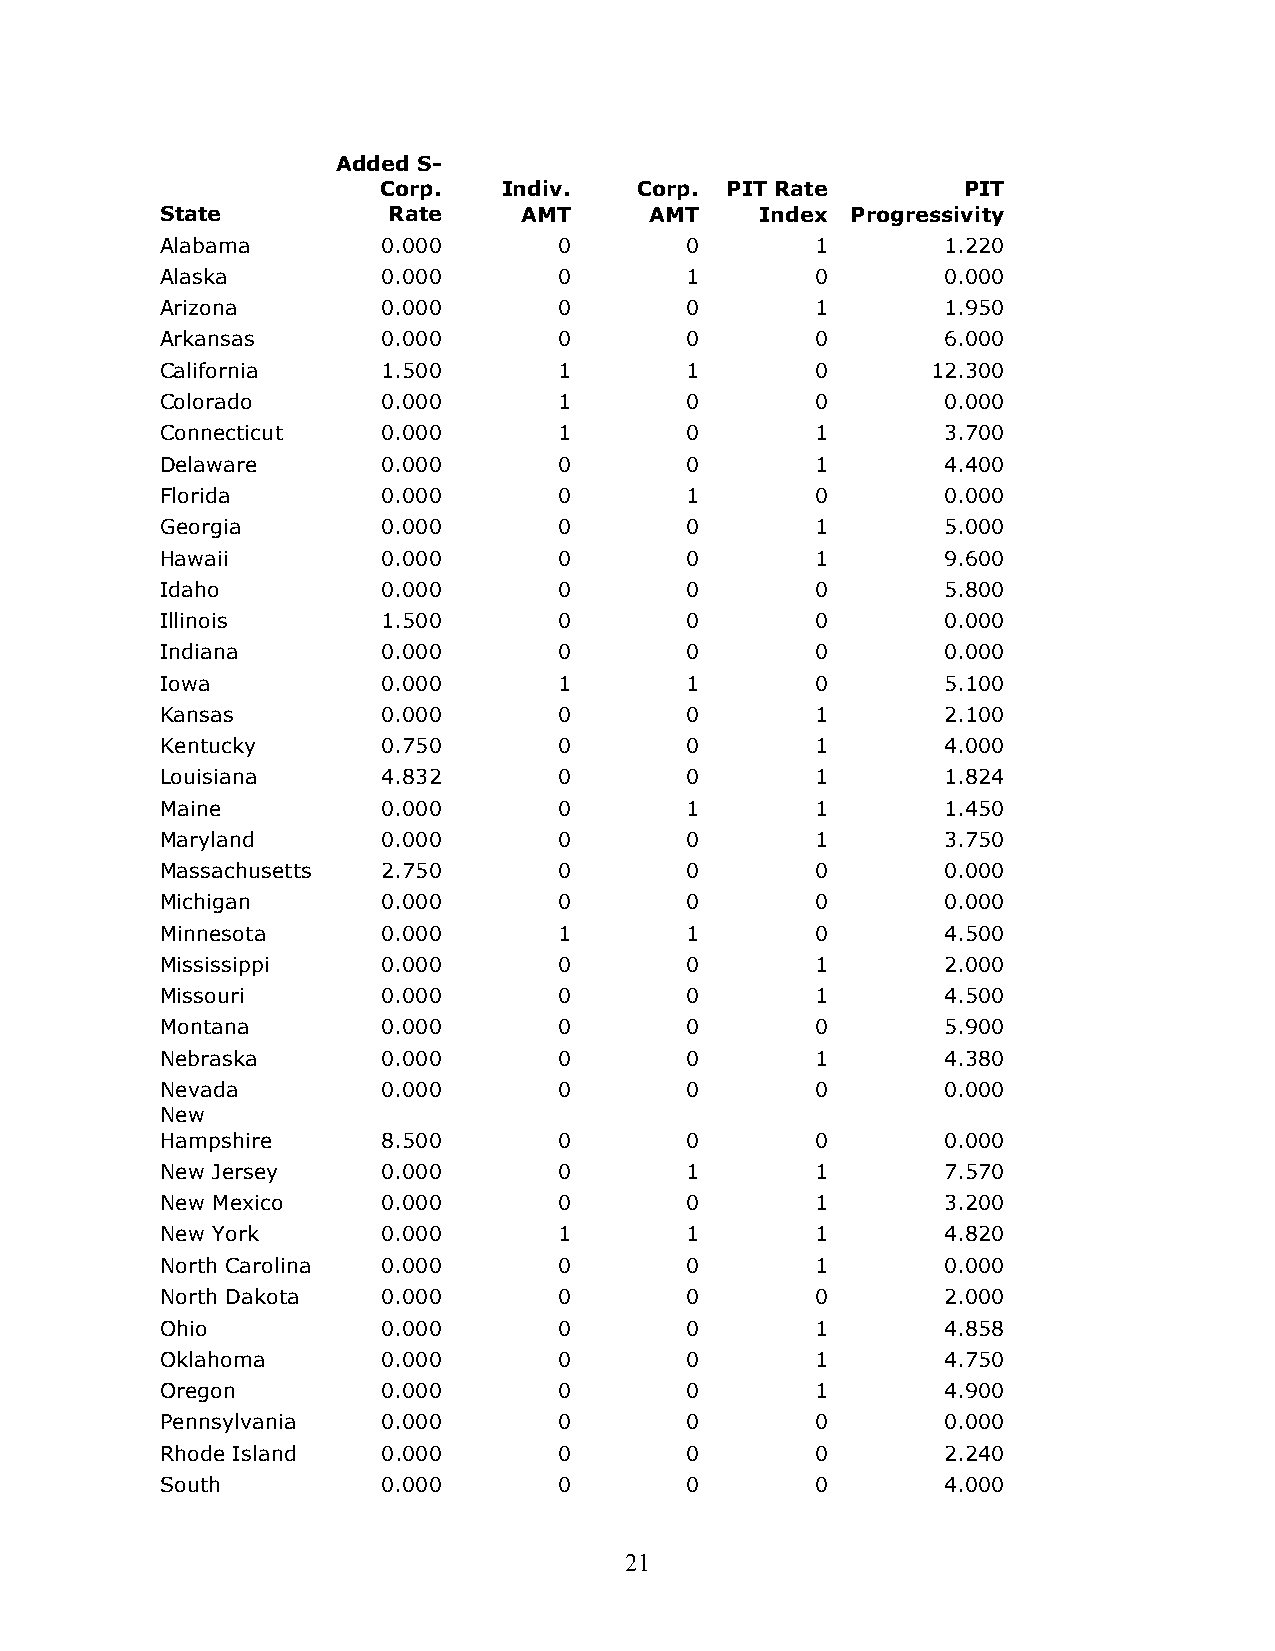
Added S-
 Corp.   Indiv.   Corp. PIT Rate        PIT
 State          Rate    AMT      AMT    Index Progressivity
 Alabama       0.000       0       0        1       1.220
 Alaska        0.000       0       1        0       0.000
 Arizona       0.000       0       0        1       1.950
 Arkansas      0.000       0       0        0       6.000
 California    1.500       1       1        0       12.300
 Colorado      0.000       1       0        0       0.000
 Connecticut   0.000       1       0        1       3.700
 Delaware      0.000       0       0        1       4.400
 Florida       0.000       0       1        0       0.000
 Georgia       0.000       0       0        1       5.000
 Hawaii        0.000       0       0        1       9.600
 Idaho         0.000       0       0        0       5.800
 Illinois      1.500       0       0        0       0.000
 Indiana       0.000       0       0        0       0.000
 Iowa          0.000       1       1        0       5.100
 Kansas        0.000       0       0        1       2.100
 Kentucky      0.750       0       0        1       4.000
 Louisiana     4.832       0       0        1       1.824
 Maine         0.000       0       1        1       1.450
 Maryland      0.000       0       0        1       3.750
 Massachusetts 2.750       0       0        0       0.000
 Michigan      0.000       0       0        0       0.000
 Minnesota     0.000       1       1        0       4.500
 Mississippi   0.000       0       0        1       2.000
 Missouri      0.000       0       0        1       4.500
 Montana       0.000       0       0        0       5.900
 Nebraska      0.000       0       0        1       4.380
 Nevada        0.000       0       0        0       0.000
 New
 Hampshire     8.500       0       0        0       0.000
 New Jersey    0.000       0       1        1       7.570
 New Mexico    0.000       0       0        1       3.200
 New York      0.000       1       1        1       4.820
 North Carolina 0.000      0       0        1       0.000
 North Dakota  0.000       0       0        0       2.000
 Ohio          0.000       0       0        1       4.858
 Oklahoma      0.000       0       0        1       4.750
 Oregon        0.000       0       0        1       4.900
 Pennsylvania  0.000       0       0        0       0.000
 Rhode Island  0.000       0       0        0       2.240
 South         0.000       0       0        0       4.000
 21